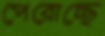
পেরোচ্ছে